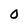
Character: O